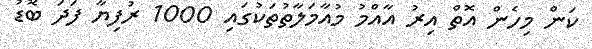
ކަން މިހެން އޮތް އިރު އާއްމު މުއާމަލާތުތަކުގައި 1000 ރުފިޔާ ފަދަ ބޮޑު